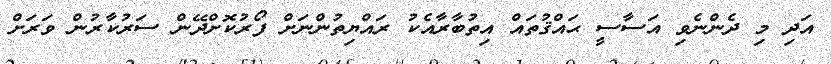
އަދި މި ދެންނެވި އަސާސީ ޙައްޤުތައް އިތުބާރާއެކު ރައްޔިތުންނަށް ފޯރުކޮށްދޭން ސަރުކާރުން ވަރަށް